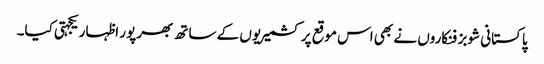
پاکستانی شوبز فنکاروں نے بھی اس موقع پر کشمیریوں کے ساتھ بھرپور اظہار یکجہتی کیا۔